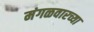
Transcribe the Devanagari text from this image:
मंगळवारच्या